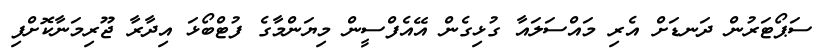
ސަޕޯޓަރުން ދަނޑަށް އެރި މައްސަލައާ ގުޅިގެން އޭއެފްސީން މިޔަންމާގެ ފުޓްބޯޅަ އިދާރާ ޖޫރިމަނާކޮށްފި